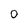
Character: 0